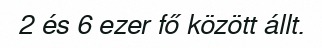
2 és 6 ezer fő között állt.